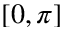
[ 0 , \pi ]